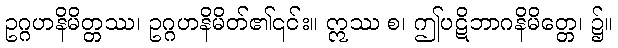
ဥဂ္ဂဟနိမိတ္တဿ၊ ဥဂ္ဂဟနိမိတ်၏၎င်း။ ဣဿ စ၊ ဤပဋိဘာဂနိမိတ္တေ၊ ၌။